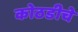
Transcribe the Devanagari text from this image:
कोठडीचे